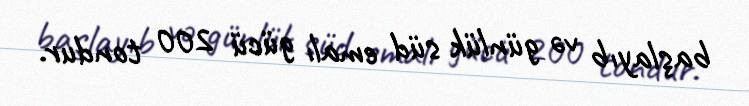
başlayıb və günlük süd emalı gücü 200 tondur.